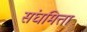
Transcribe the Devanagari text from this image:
संघमित्ता